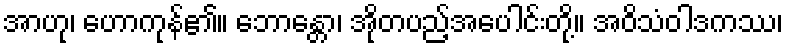
အာဟု၊ ဟောကုန်၏။ ဘောန္တော၊ အိုတပည့်အပေါင်းတို့။ အဝိသံဝါဒကဿ၊